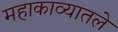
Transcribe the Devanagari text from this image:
महाकाव्यातले